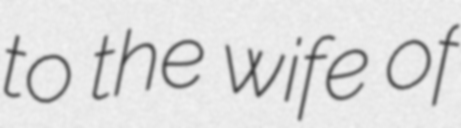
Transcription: to the wife of